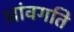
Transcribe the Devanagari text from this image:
आंवगति